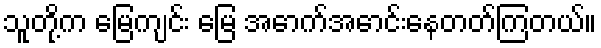
သူတို့က မြေကျင်း မြေ အောက်အောင်းနေတတ်ကြတယ်။